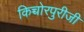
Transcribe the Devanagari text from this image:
किच्चोरपुरीजी